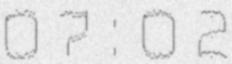
07:02